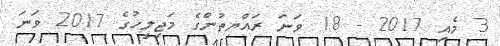
3 މެއި 2017 - 18 ވަނަ ރައްޔިތުންގެ މަޖިލީހުގެ 2017 ވަނަ